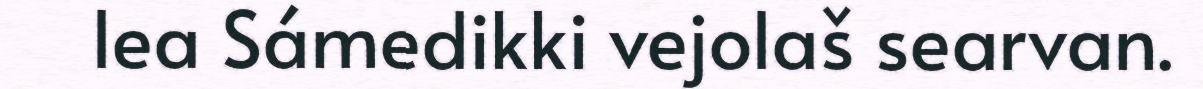
lea Sámedikki vejolaš searvan.